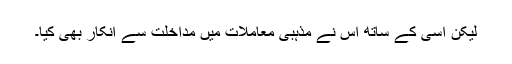
لیکن اسی کے ساتھ اس نے مذہبی معاملات میں مداخلت سے انکار بھی کیا۔